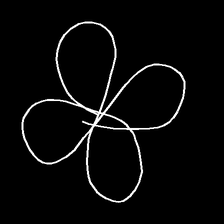
Glyph: billowing